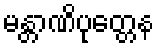
မန္တာဏိပုတ္တေန